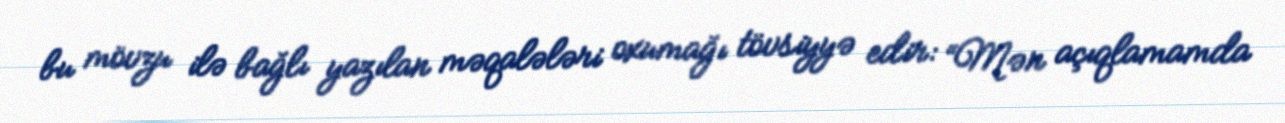
bu mövzu ilə bağlı yazılan məqalələri oxumağı tövsiyyə edir: “Mən açıqlamamda